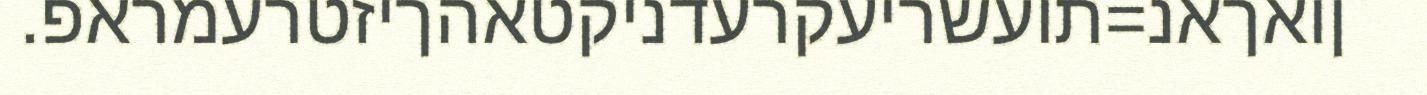
ןואךאנ=תועשריעקרעדניקטאהךיזטרעמראפ.